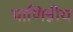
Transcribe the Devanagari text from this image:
पाणिन्नीय